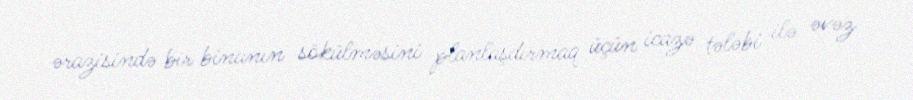
ərazisində bir binanın sökülməsini planlaşdırmaq üçün icazə tələbi ilə əvəz